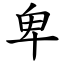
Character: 卑